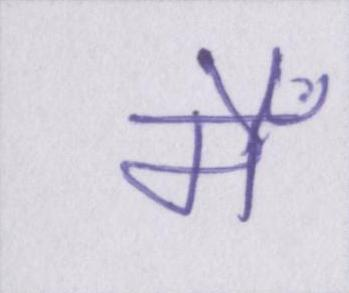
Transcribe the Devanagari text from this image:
मैँ